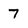
Character: 7